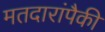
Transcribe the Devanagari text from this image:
मतदारांपैकी